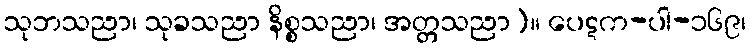
သုဘသညာ၊ သုခသညာ နိစ္စသညာ၊ အတ္တသညာ)။ ပေဋက-ပါ-၁၆၉၊